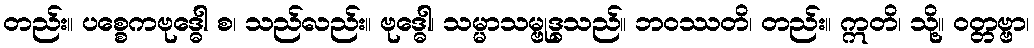
တည်း။ ပစ္စေကဗုဒ္ဓေါ စ၊ သည်လည်း။ ဗုဒ္ဓေါ၊ သမ္မာသမ္ဗုဒ္ဓသည်။ ဘဝဿတိ၊ တည်း။ ဣတိ၊ သို့။ ဝတ္တဗ္ဗာ၊